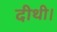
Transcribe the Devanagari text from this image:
दीथी।